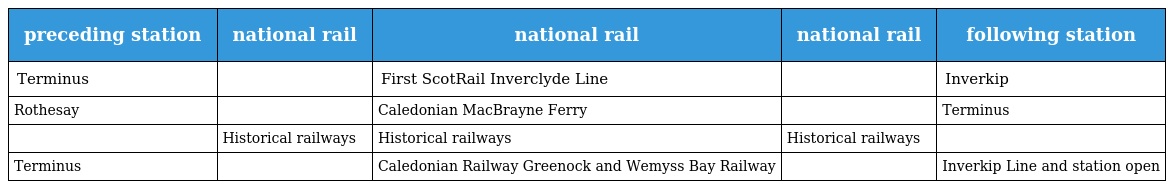
| preceding station | national rail | national rail | national rail | following station |
 | --- | --- | --- | --- | --- |
 | Terminus |  | First ScotRail Inverclyde Line |  | Inverkip |
 | Rothesay |  | Caledonian MacBrayne Ferry |  | Terminus |
 |  | Historical railways | Historical railways | Historical railways |  |
 | Terminus |  | Caledonian Railway Greenock and Wemyss Bay Railway |  | Inverkip Line and station open |